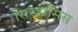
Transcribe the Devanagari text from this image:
सिरहोसिस